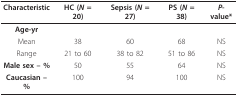
| Characteristic | HC (N = 20) | Sepsis (N = 27) | PS (N = 38) | P-value* |
 | --- | --- | --- | --- | --- |
 | Age-yr |  |  |  |  |
 | Mean | 38 | 60 | 68 | NS |
 | Range | 21 to 60 | 38 to 82 | 51 to 86 | NS |
 | Male sex -- % | 50 | 55 | 64 | NS |
 | Caucasian -- % | 100 | 94 | 100 | NS |